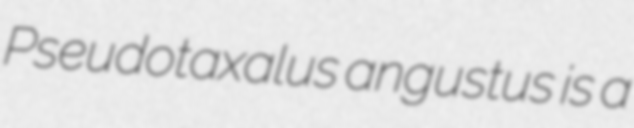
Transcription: Pseudotaxalus angustus is a